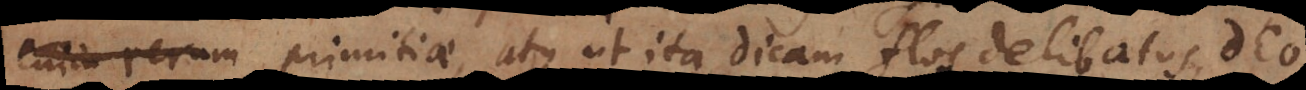
primitiae, atque ut ita dicam flos delibatus Deo